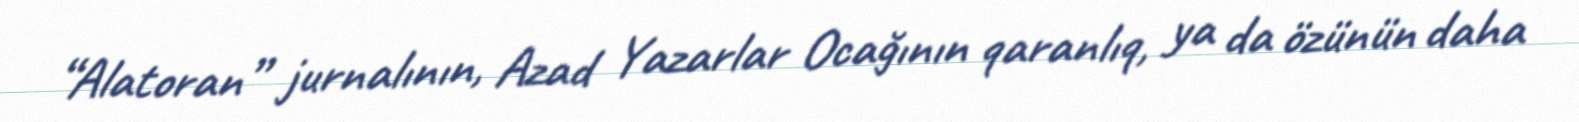
“Alatoran” jurnalının, Azad Yazarlar Ocağının qaranlıq, ya da özünün daha